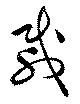
載